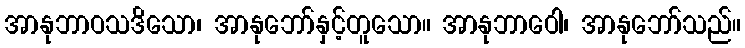
အာနုဘာဝသဒိသော၊ အာနုဘော်နှင့်တူသော။ အာနုဘာဝေါ၊ အာနုဘော်သည်။